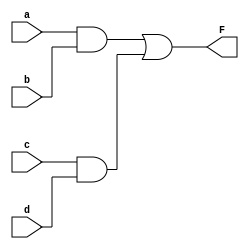
`timescale 1ns / 1ps

module circuit1(F, a, b, c, d);

	input a, b, c, d;
	output F;
	
	wire W1, W2;
	
	and AND_1(W1, a, b);
	and AND_2(W2, c, d);
	or OR_1(F, W1, W2);

endmodule